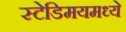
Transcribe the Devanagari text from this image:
स्टेडिमयमध्ये